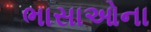
ભાસાઓના